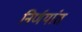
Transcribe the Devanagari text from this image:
निर्णयांत